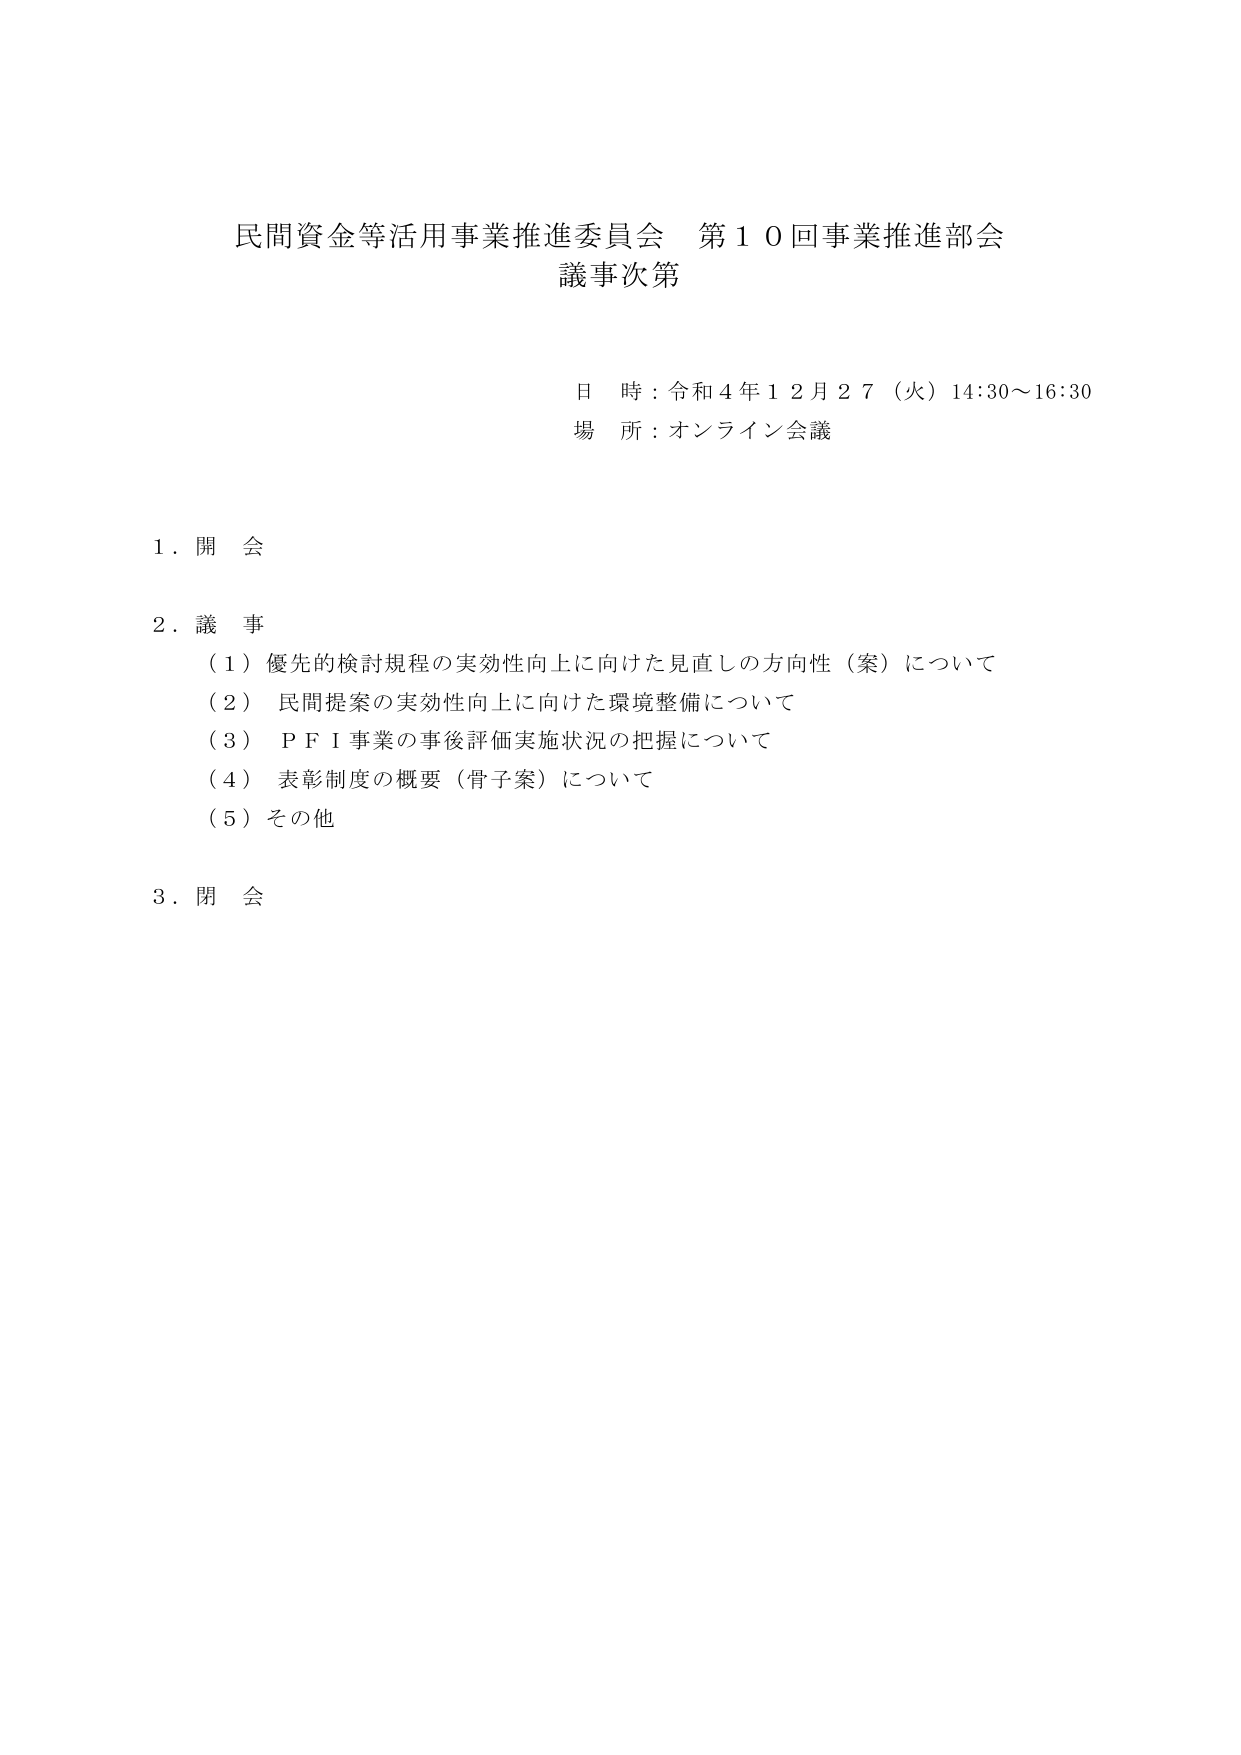
民間資金等活用事業推進委員会 第１０回事業推進部会
議事次第

日 時：令和４年１２月２７（火）14:30～16:30
場 所：オンライン会議

１．開 会

２．議 事
（１）優先的検討規程の実効性向上に向けた見直しの方向性（案）について
（２）民間提案の実効性向上に向けた環境整備について
（３）ＰＦＩ事業の事後評価実施状況の把握について
（４）表彰制度の概要（骨子案）について
（５）その他

３．閉 会